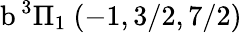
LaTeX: \textrm{b}\, ^{3}\Pi_{1}~(-1,3/2,7/2)